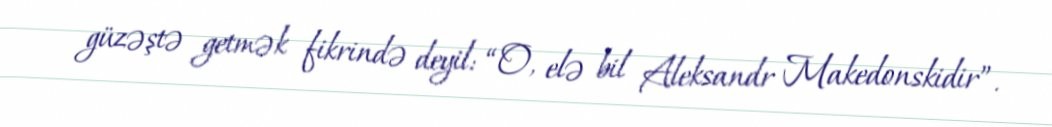
güzəştə getmək fikrində deyil: “O, elə bil Aleksandr Makedonskidir”.